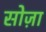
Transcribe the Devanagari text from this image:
सोज़ा